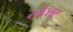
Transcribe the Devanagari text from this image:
स्टैटलर